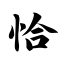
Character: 恰